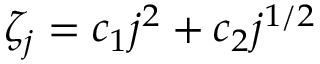
\zeta _ { j } = c _ { 1 } j ^ { 2 } + c _ { 2 } j ^ { 1 / 2 }